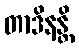
တာဒိနန္တိ